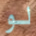
لو